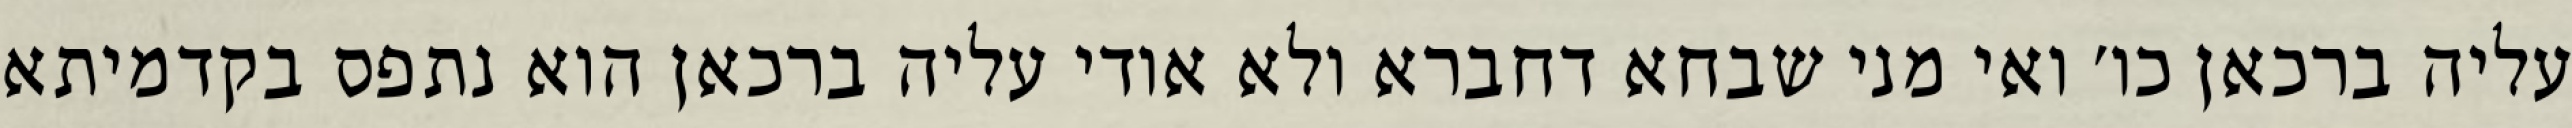
עליה ברכאן כו׳ ואי מני שבחא דחברא ולא אודי עליה ברכאן הוא נתפס בקדמיתא